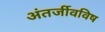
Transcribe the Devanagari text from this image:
अंतर्जीवविष